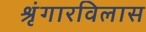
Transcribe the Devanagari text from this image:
श्रृंगारविलास